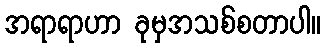
အရာရာဟာ ခုမှအသစ်စတာပါ။